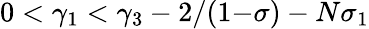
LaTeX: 0<\gamma_{1}<\gamma_{3}-2/(1{-}\sigma)-N\sigma_{1}